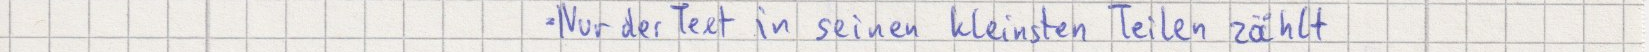
- Nur der Text in seinen kleinsten Teilen zählt